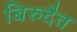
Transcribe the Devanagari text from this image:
बिरुदैत